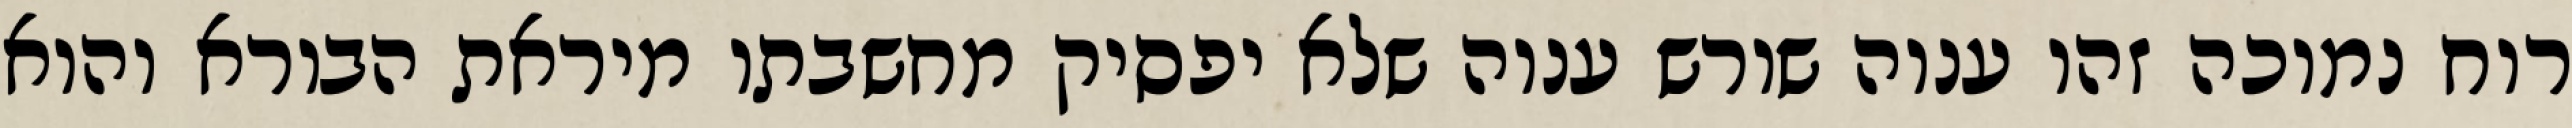
רוח נמוכה זהו ענוה שורש ענוה שלא יפסיק מחשבתו מיראת הבורא והוא